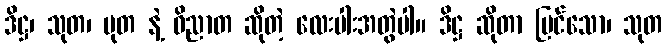
ဒိဋ္ဌ၊ သုတ၊ မုတ နဲ့ ဝိညာတ ဆိုတဲ့ လေးပါးအတွဲပါ။ ဒိဋ္ဌ ဆိုတာ မြင်သော၊ သုတ